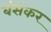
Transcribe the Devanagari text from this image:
बंसकर